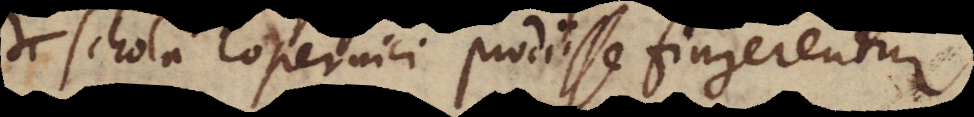
schola Copernici prodiisse fingerentur.